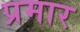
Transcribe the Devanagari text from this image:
प्रमार